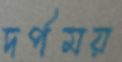
দর্পময়